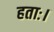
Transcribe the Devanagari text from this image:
हताः।